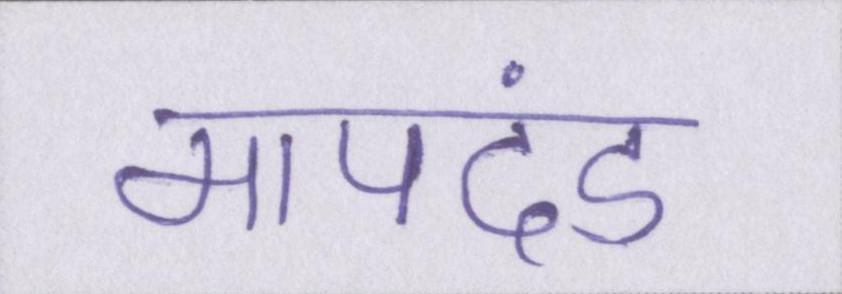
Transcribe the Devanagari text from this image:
मापदंड